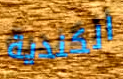
الكندية